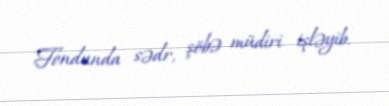
Fondunda sədr, şöbə müdiri işləyib.